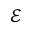
\mathcal { E }